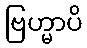
ဗြဟ္မာပိ